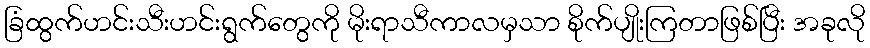
ခြံထွက်ဟင်းသီးဟင်းရွက်တွေကို မိုးရာသီကာလမှသာ စိုက်ပျိုးကြတာဖြစ်ပြီး အခုလို